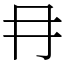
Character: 冄